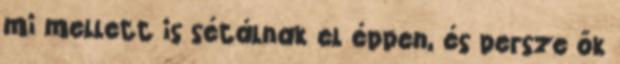
mi mellett is sétálnak el éppen, és persze ők